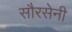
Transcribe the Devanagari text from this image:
सौरसेनी